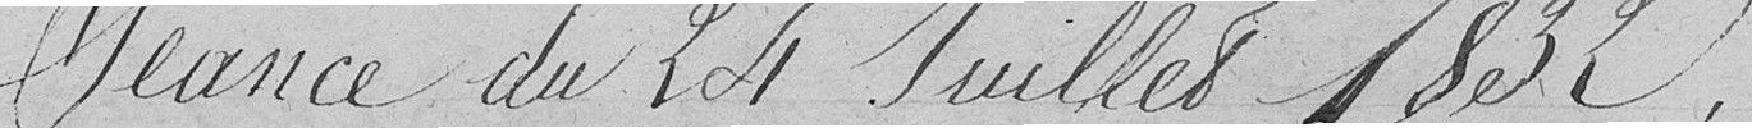
Séance du 24 Juillet 1832.